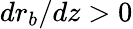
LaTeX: dr_{b}/dz>0